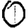
Digit: 0